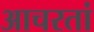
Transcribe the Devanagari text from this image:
आचरतां